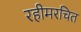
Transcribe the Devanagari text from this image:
रहीमरचित